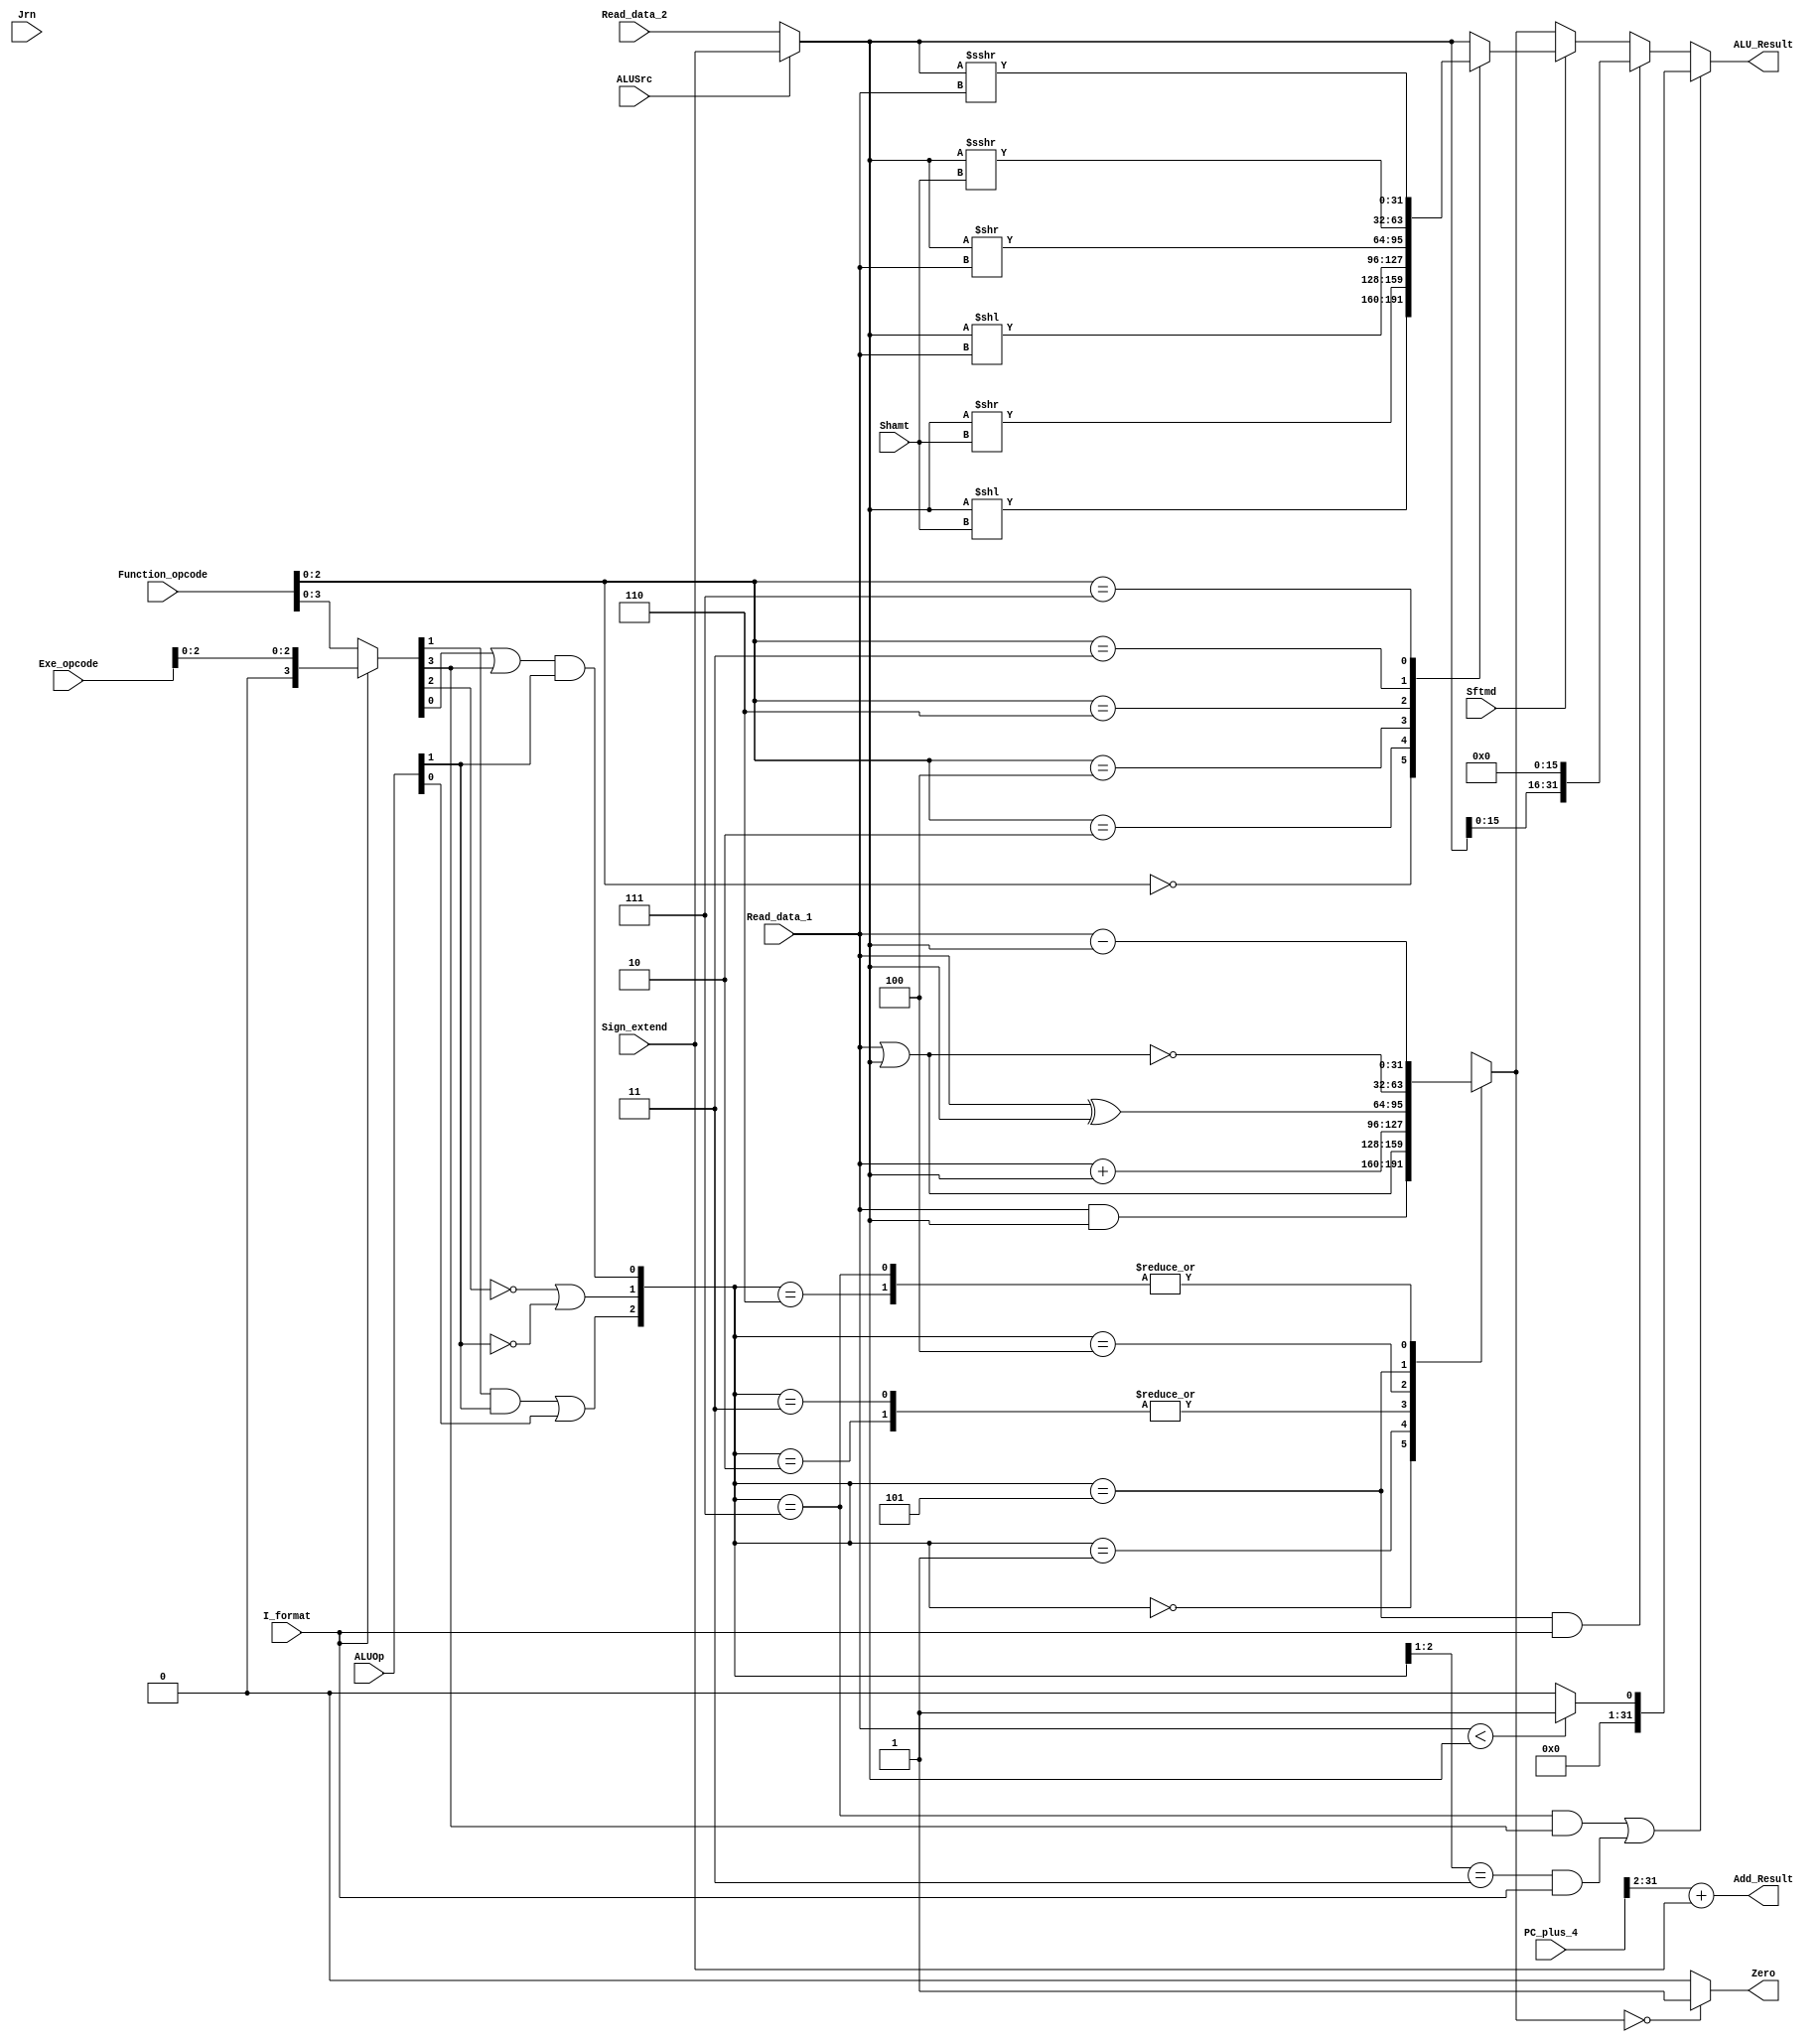
`timescale 1ns / 1ps

module Executs32 ( Read_data_1,Read_data_2,Sign_extend, Function_opcode,
Exe_opcode,ALUOp,Shamt,ALUSrc,I_format,Zero,Jrn,Sftmd,ALU_Result,Add_Result,
PC_plus_4 );
input[31:0] Read_data_1; // from decoder
input[31:0] Read_data_2; // from decoder
input[31:0] Sign_extend; // from decoder
input[5:0] Function_opcode; // from ifetch, instructions[5:0]
input[5:0] Exe_opcode; // from ifetch, instruction[31:26]
// from controller { (R_format || I_format) , (Branch || nBranch) }
input[1:0] ALUOp;
input[4:0] Shamt; // from ifetch, instruction[10:6]
input Sftmd; // from ifetch, 1 means this is a shift instruction
// from controller, 1 means the 2nd operand is an immedite (except beqbne
input ALUSrc;
// from controller1 means I-Type instruction except beq, bne, LW, SW
input I_format;
input Jrn; // from controller, 1 means this is a jr instruction
output Zero; // 1 means the ALUreslut is zero
output[31:0] ALU_Result; // the ALU calculation result
output[31:0] Add_Result; // the calculated address
input[31:0] PC_plus_4; // from ifetch module
reg[31:0] ALU_Result;
reg[31:0] ALU_output_mux; // the result of arithmetic or logic calculation
wire[31:0] Ainput,Binput; // two operands
reg[31:0] Sinput; // the result of shift operation
wire[32:0] Branch_Add;
wire[2:0] ALU_ctl;
wire[5:0] Exe_code;
wire[2:0] Sftm;
wire Sftmd;

assign Ainput = Read_data_1;
assign Binput = (ALUSrc == 0) ? Read_data_2 : Sign_extend[31:0];
assign Zero = (ALU_output_mux== 32'h00000000) ? 1'b1 : 1'b0;
assign Branch_Add = PC_plus_4[31:2] + Sign_extend[31:0];
assign Add_Result = Branch_Add[31:0]; 
assign ALU_ctl[0] = (Exe_code[0] | Exe_code[3]) & ALUOp[1];
assign ALU_ctl[1] = ((!Exe_code[2]) | (!ALUOp[1]));
assign ALU_ctl[2] = (Exe_code[1] & ALUOp[1]) | ALUOp[0];
assign Exe_code = (I_format==0) ? Function_opcode : {3'b000,Exe_opcode[2:0]};
always@(ALU_ctl or Ainput or Binput)
begin
case(ALU_ctl)
3'b000:ALU_output_mux=Ainput&Binput;
3'b001:ALU_output_mux=Ainput|Binput;
3'b010:ALU_output_mux=Ainput+Binput;
3'b011:ALU_output_mux=Ainput+Binput;
3'b100:ALU_output_mux=Ainput^Binput;
3'b101:ALU_output_mux=~(Ainput|Binput);
3'b110:ALU_output_mux=Ainput-Binput;
3'b111:ALU_output_mux=Ainput-Binput;
default:ALU_output_mux=32'h00000000;
endcase
end
assign Sftm = Function_opcode[2:0];
always@*
begin
if(Sftmd)
case(Sftm[2:0])

3'b000:Sinput=Binput<<Shamt;

3'b010:Sinput=Binput>>Shamt;

3'b100:Sinput=Binput<<Ainput;
3'b110:Sinput=Binput>>Ainput;
3'b011:Sinput=$signed(Binput)>>>Shamt;
3'b111:Sinput=$signed(Binput)>>>Ainput;
default: Sinput=Binput;
endcase
else Sinput=Binput;
end

always @* begin
//set type operation
if(((ALU_ctl==3'b111) && (Exe_code[3]==1))||((ALU_ctl[2:1]==2'b11) && (I_format==1)))
ALU_Result = (Ainput<Binput)?1:0;
//lui operation
else if((ALU_ctl==3'b101) && (I_format==1))
ALU_Result[31:0]={Binput[15:0],{16{1'b0}}};
//shift operation
else if(Sftmd==1)
ALU_Result = Sinput ;
//other types of operation in ALU
else
ALU_Result = ALU_output_mux[31:0];
end
endmodule